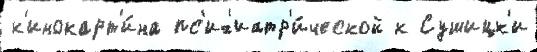
к'инокарт'и́на пс'их'иатр'и́ческой к Сушицк'и